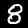
Digit: 8